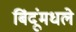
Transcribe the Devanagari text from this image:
बिंदूंमधले